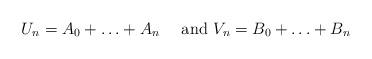
LaTeX: \begin{align*}U_n = A_0+\ldots+ A_n \quad\textrm{ and } V_n = B_0+\ldots+ B_n\end{align*}